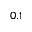
0 . 1